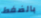
بالضغط